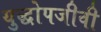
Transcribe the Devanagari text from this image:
युद्धोपजीवी